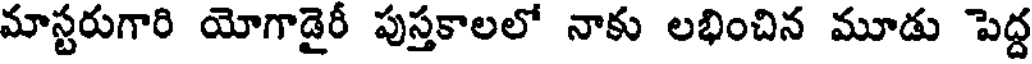
మాస్టరుగారి యోగాడైరీ పుస్తకాలలో నాకు లభించిన మూడు పెద్ద